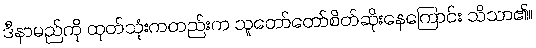
ဒီနာမည်ကို ထုတ်သုံးကတည်းက သူတော်တော်စိတ်ဆိုးနေကြောင်း သိသာ၏။